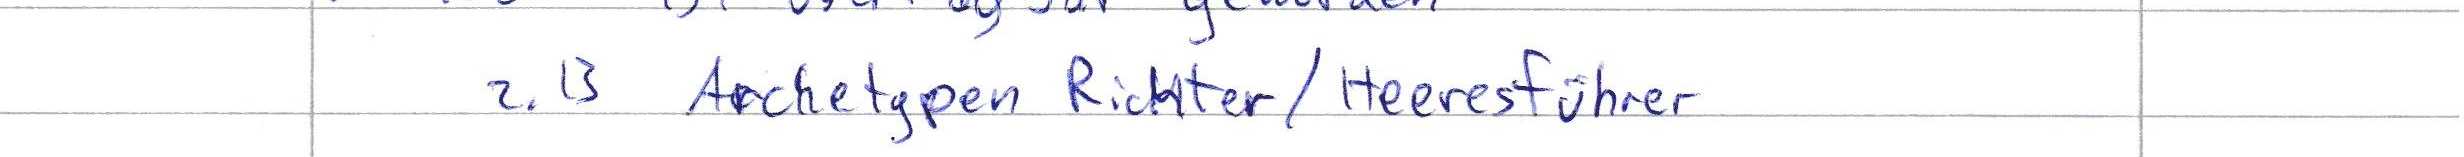
z.B Archetypen Richter / Heeresführer